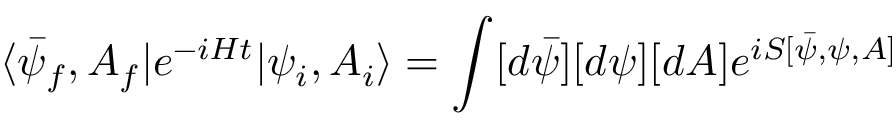
\langle \bar { \psi } _ { f } , A _ { f } | e ^ { - i H t } | \psi _ { i } , A _ { i } \rangle = \int [ d \bar { \psi } ] [ d \psi ] [ d A ] e ^ { i S [ \bar { \psi } , \psi , A ] }